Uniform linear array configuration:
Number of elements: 8
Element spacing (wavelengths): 0.25
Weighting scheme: uniform
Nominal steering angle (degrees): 0
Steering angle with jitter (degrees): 0.06438
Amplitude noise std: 0.05
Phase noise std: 0.05

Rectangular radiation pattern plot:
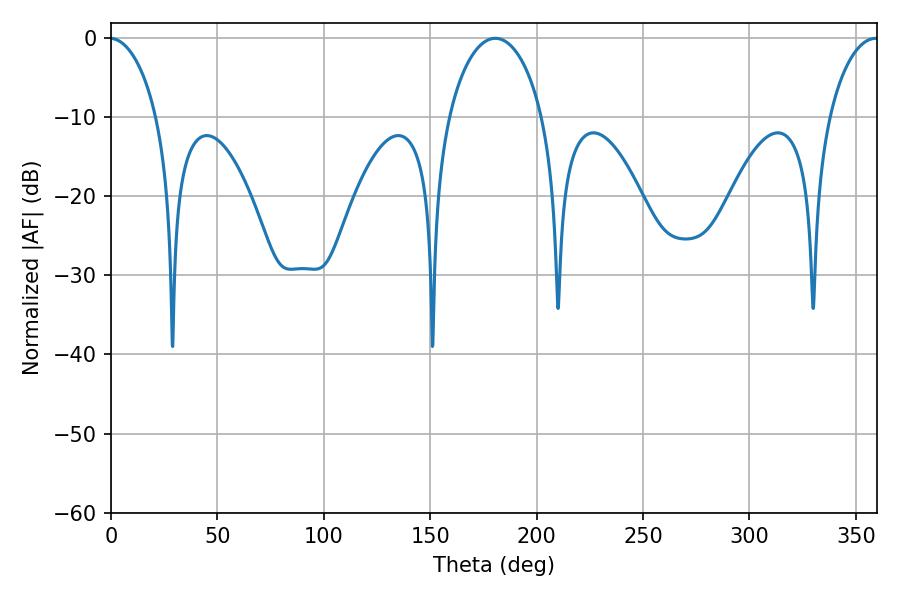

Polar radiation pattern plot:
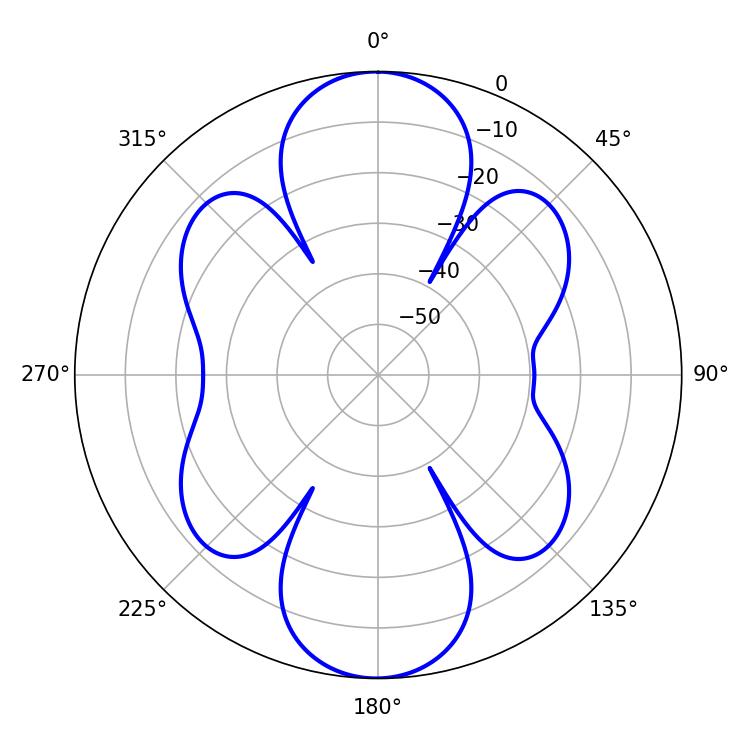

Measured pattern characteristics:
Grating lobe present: FALSE
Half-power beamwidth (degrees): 25.38
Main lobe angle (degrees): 180.54